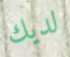
لديك